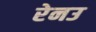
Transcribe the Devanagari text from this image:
रेनउ